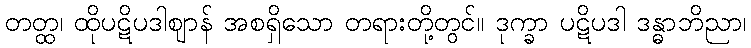
တတ္ထ၊ ထိုပဋိပဒါဈာန် အစရှိသော တရားတို့တွင်။ ဒုက္ခာ ပဋိပဒါ ဒန္ဓာဘိညာ၊